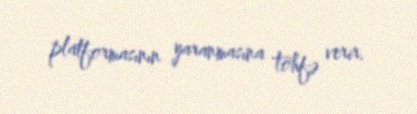
platformasının yaranmasına töhfə verir.